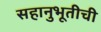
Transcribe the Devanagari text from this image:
सहानुभूतीची